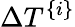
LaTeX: \Delta T^{\{ i\} }